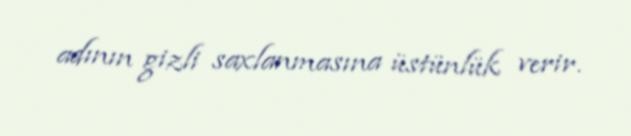
adının gizli saxlanmasına üstünlük verir.